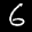
Label: 6